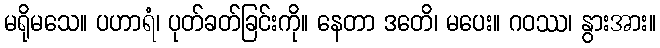
မရိုမသေ။ ပဟာရံ၊ ပုတ်ခတ်ခြင်းကို။ နေတာ ဒတေိ၊ မပေး။ ဂဝဿ၊ နွားအား။